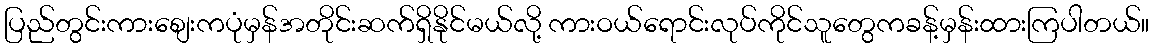
ပြည်တွင်းကားစျေးကပုံမှန်အတိုင်းဆက်ရှိနိုင်မယ်လို့ ကားဝယ်ရောင်းလုပ်ကိုင်သူတွေကခန့်မှန်းထားကြပါတယ်။